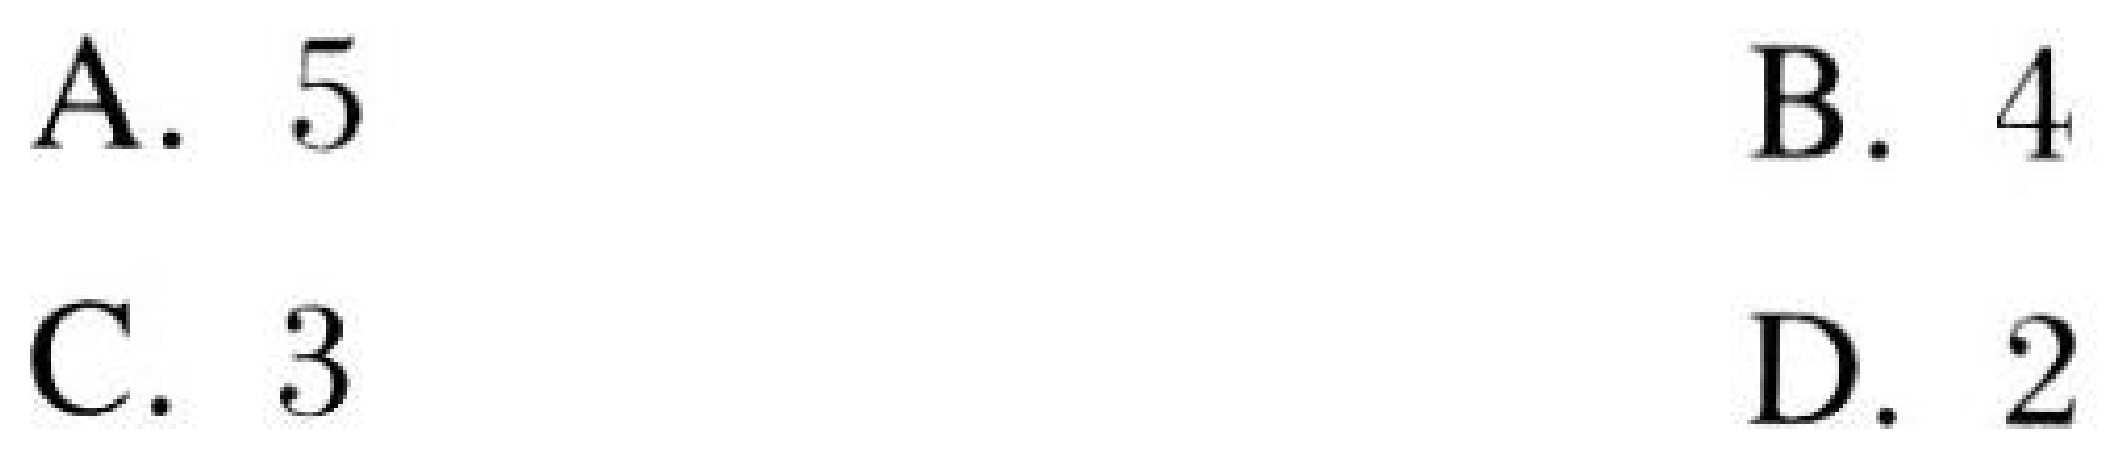
A. \(5\)
B. \(4\)
C. \(3\)
D. \(2\)